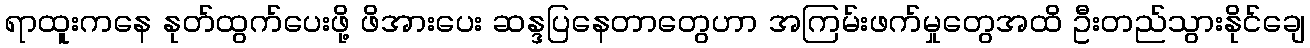
ရာထူးကနေ နုတ်ထွက်ပေးဖို့ ဖိအားပေး ဆန္ဒပြနေတာတွေဟာ အကြမ်းဖက်မှုတွေအထိ ဦးတည်သွားနိုင်ချေ